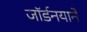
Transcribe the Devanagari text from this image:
जॉर्डनयाने